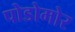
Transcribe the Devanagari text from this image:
पोडोमोर